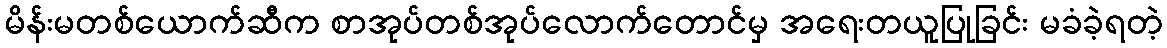
မိန်းမတစ်ယောက်ဆီက စာအုပ်တစ်အုပ်လောက်တောင်မှ အရေးတယူပြုခြင်း မခံခဲ့ရတဲ့